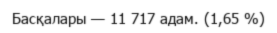
Басқалары — 11 717 адам. (1,65 %)